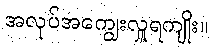
အလုပ်အကျွေးလှူရကျိုး။